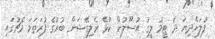
ފުލަށްދިޔަ ދެ ޓީމު ލީގު އުސޫލުން ކުޅޭ ރެލިގޭޝަން ބުރުގެ ފުރަތަމަ މެޗުގައި